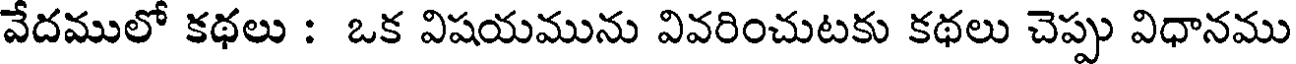
వేదములో కథలు : ఒక విషయమును వివరించుటకు కథలు చెప్పు విధానము